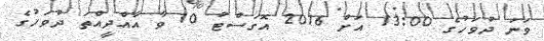
ވަނަ ދުވަހުގެ 13:00 އަށް 2016 އޮގަސްޓު 10 ވާ އާއްދީއްތަ ދުވަހުގެ